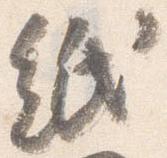
紙